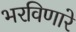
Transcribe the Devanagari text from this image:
भरविणारे